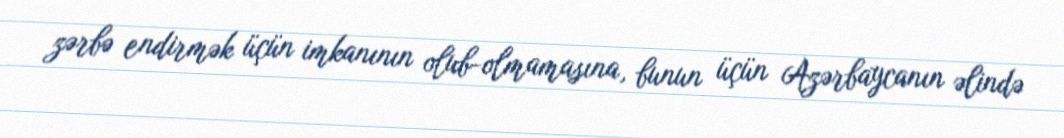
zərbə endirmək üçün imkanının olub-olmamasına, bunun üçün Azərbaycanın əlində